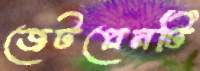
জেটপ্লেনটি